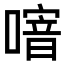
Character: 𠽨